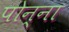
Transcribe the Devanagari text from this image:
पोन्ना